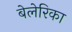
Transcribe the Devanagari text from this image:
बेलेरिका